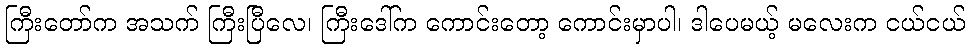
ကြီးတော်က အသက် ကြီးပြီလေ၊ ကြီးဒေါ်က ကောင်းတော့ ကောင်းမှာပါ၊ ဒါပေမယ့် မလေးက ငယ်ငယ်